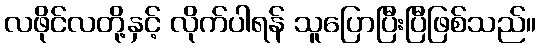
လဖိုင်လတို့နှင့် လိုက်ပါရန် သူပြောပြီးပြီဖြစ်သည်။